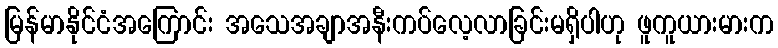
မြန်မာနိုင်ငံအကြောင်း အသေအချာအနီးကပ်လေ့လာခြင်းမရှိပါဟု ဖူကူယားမားက